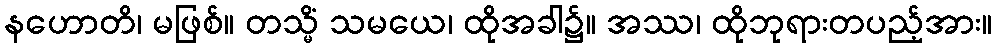
နဟောတိ၊ မဖြစ်။ တသ္မိံ သမယေ၊ ထိုအခါ၌။ အဿ၊ ထိုဘုရားတပည့်အား။